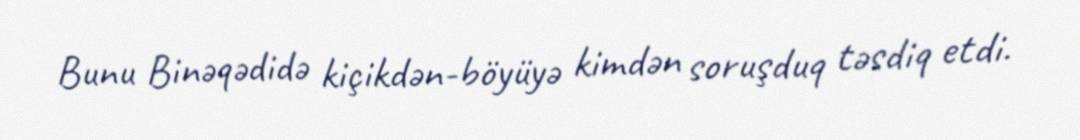
Bunu Binəqədidə kiçikdən-böyüyə kimdən soruşduq təsdiq etdi.